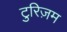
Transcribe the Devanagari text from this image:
टुरिज़म